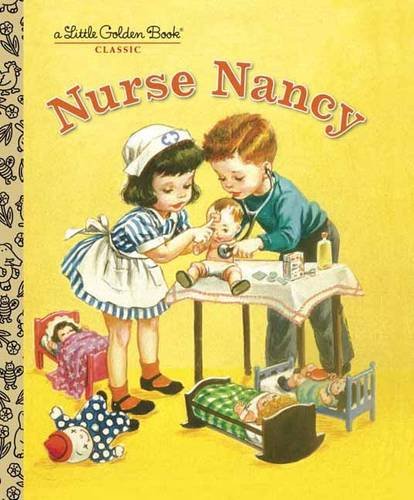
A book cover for Nurse Nancy (Little Golden Book); Kathryn Jackson; Children's Books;